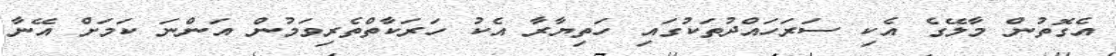
އެގޮތުން މާލޭގެ އެކި ސަރަހައްދުތަކުގައި ހަތިޔާރާ އެކު ހަރަކާތްތެރިވަމުން އަންނަ ކަމަށް އޭނާ